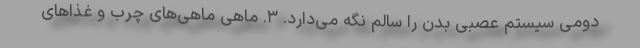
دومی سیستم عصبی بدن را سالم نگه می‌دارد. ۳. ماهی ماهی‌های چرب و غذاهای